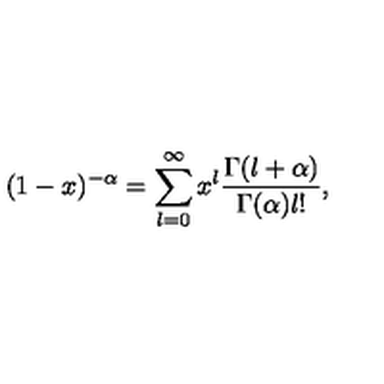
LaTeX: ( 1 - x ) ^ { - \alpha } = \sum _ { l = 0 } ^ { \infty } x ^ { l } \frac { \Gamma ( l + \alpha ) } { \Gamma ( \alpha ) l ! } ,